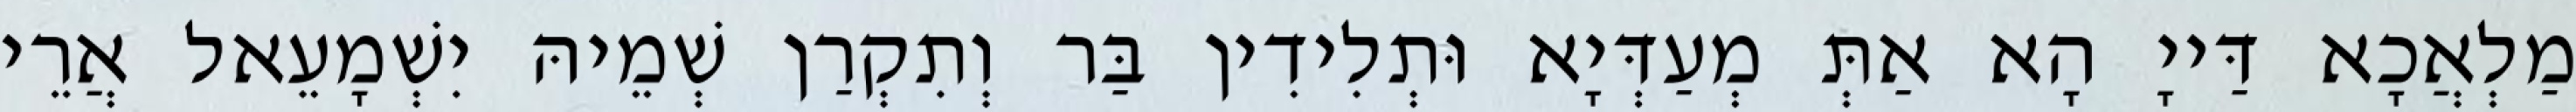
מַלְאֲכָא דַּייָ הָא אַתְּ מְעַדְּיָא וּתְלִידִין בַּר וְתִקְרַן שְׁמֵיהּ יִשְׁמָעֵאל אֲרֵי